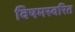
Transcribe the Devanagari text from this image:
विषमस्वरित